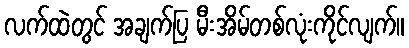
လက်ထဲတွင် အချက်ပြ မီးအိမ်တစ်လုံးကိုင်လျက်။